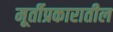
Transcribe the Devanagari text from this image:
मूर्तीप्रकारातील